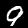
Label: 9